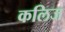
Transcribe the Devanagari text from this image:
कलिज